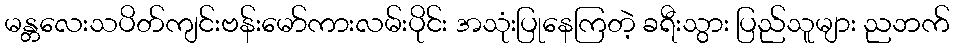
မန္တလေးသပိတ်ကျင်းဗန်းမော်ကားလမ်းပိုင်း အသုံးပြုနေကြတဲ့ ခရီးသွား ပြည်သူများ ညဘက်